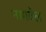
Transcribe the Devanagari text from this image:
नागवेल